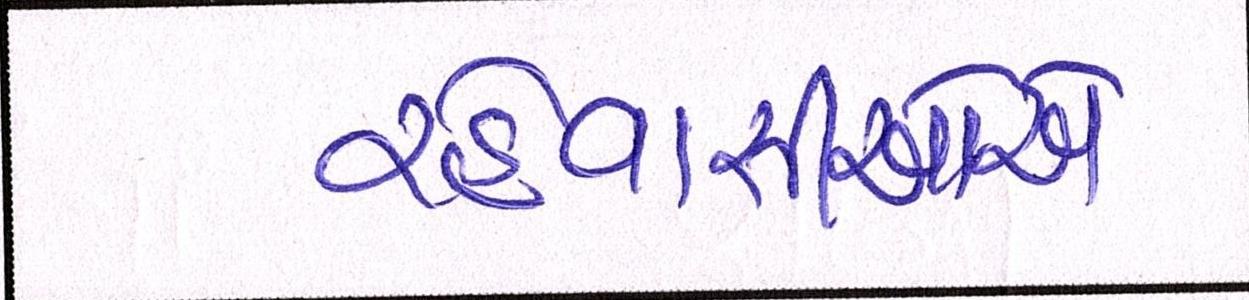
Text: રહેવાસીઓએ